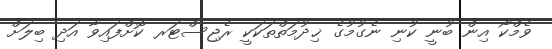
ވެމްކޯ އިން ބުނީ ކުނި ނެގުމުގެ ޚިދުމަތްތަކަކީ ރެޖިސްޓަރ ކޮށްފައިވާ އަދި ބިލަށް